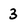
Character: 3